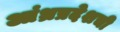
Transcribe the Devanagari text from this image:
आंध्रप्रदेशची